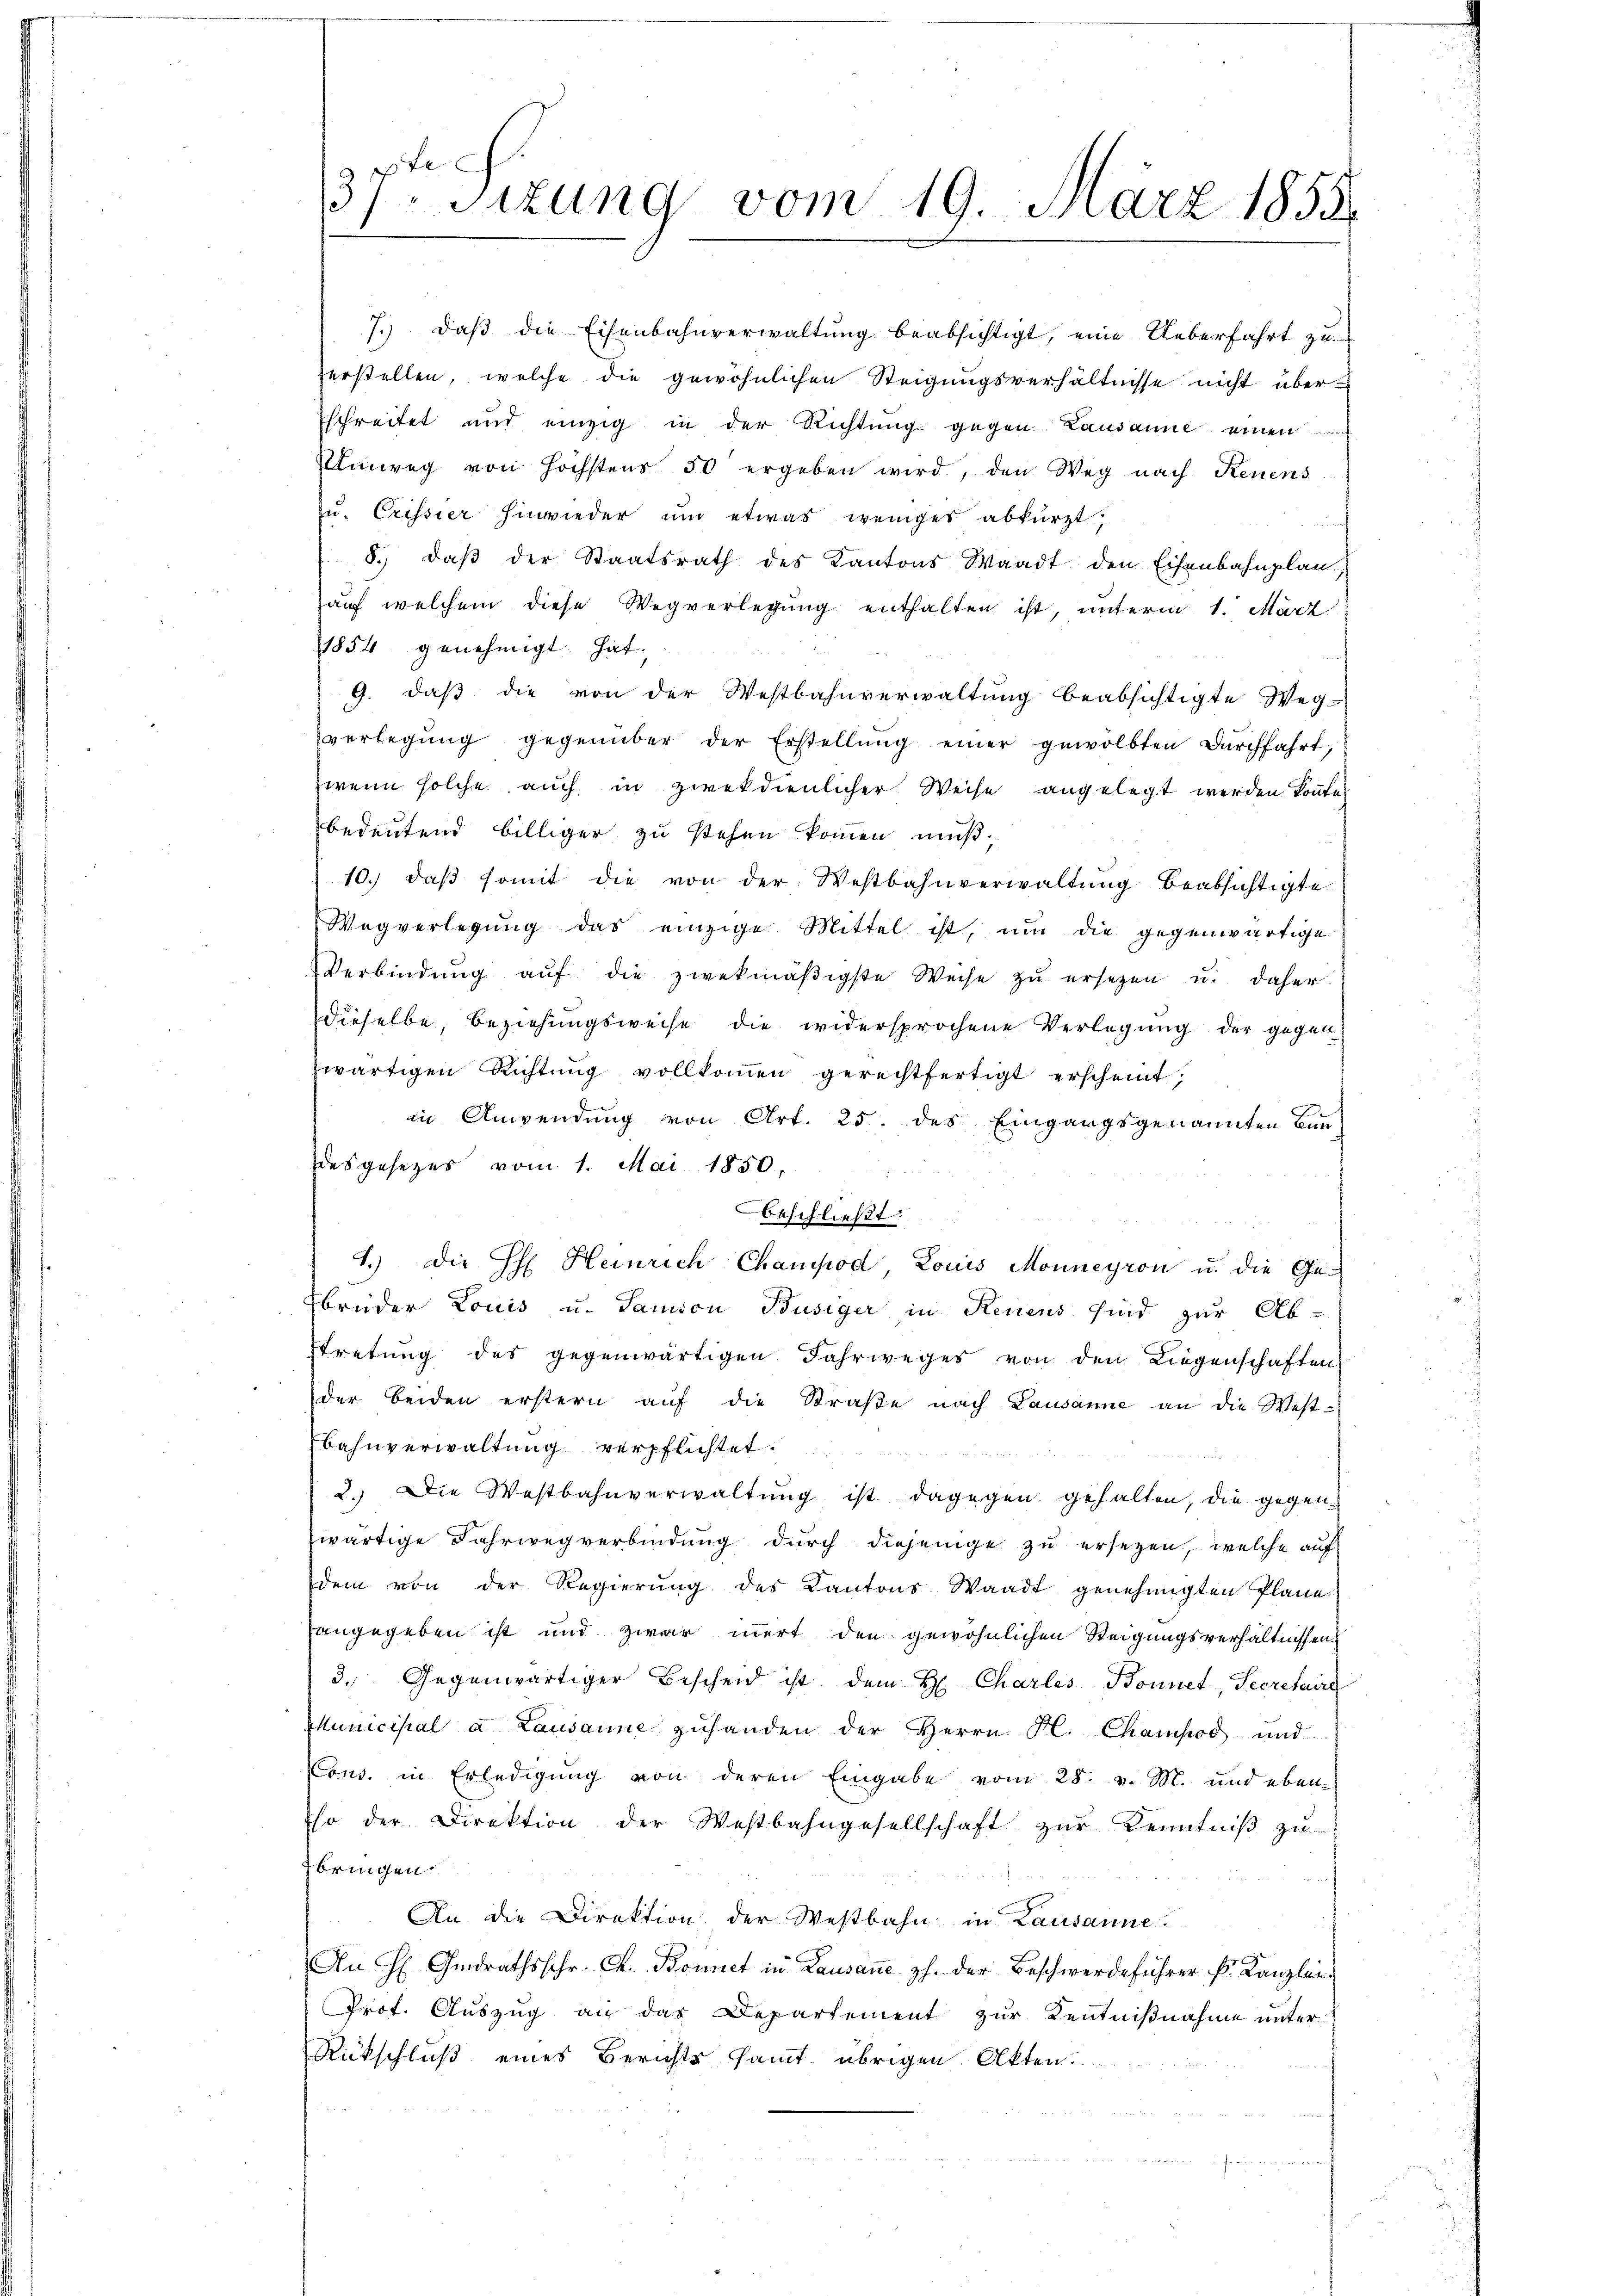
fe
37. Sitzung vom 19. März 1858.

7. daβ die Eisenbahnverwaltŭng beabsichtigt, eine Ueberfahrt zu
zerstellen, welche die gewöhnlichen Steigungsverhältnisse nicht überschreitet und einzig in der Richtung gegen Lausanne einen
Umweg von höchstens 50 ergeben wird, den Weg nach Renens
zu. Crissier hinwieder um etwas weniger abkürzt,
8.) daß der Staatsrath des Kantons Waadt den Eisenbahnplan
auf welchem diese Wegverlegŭng enthalten ist, unterm 1. März
1854 genehmigt hat
9. daβ die von der Westbahnverwaltung beabsichtigte Weg-
verlegŭng gegenüber der Erstellŭng einer gewölbten Dŭrchfahrt,
zwei solche auch in zweckdienlicher Weise angelegt werden könnte.
bedeutend billiger zu stehen kommen muß,
10. daβ somit die von der Westbahnverwaltŭng beabsichtigte
Wegverlegung das einzige Mittel ist, um die gegenwärtige
Verbindŭng aŭf die zwekmäβigste Weise zŭ ersetzen u. daher
dieselbe, beziehungsweise die widersprochene Verlegung der gegen
zwärtigen Richtung vollkommen gerechtfertigt erscheint,
in Anwendung von Art. 25. des Eingangsgenannten Ban
desgesezes vom 1. Mai 1850.
beschließt:
1.) Die H. Heinrich Champod Louis Monneyron u. die Ge-
brüder Louis u. Samson Büsiger in Renens sind zur Abtretung des gegenwärtigen Fahrweges von den Liegenschaften
der beiden erstern auf die Straße nach Lausanne an die West-
Bahnverwaltung verpflichtet.
2. Die Westbahnverwaltung ist dagegen gehalten, die gegenzwärtige Fahrweg verbindung durch diejenige zu ersezen, welche auf
dem von der Regierŭng des Kantons Waadt genehmigten Plane
angegeben ist und zwar innert den gewöhnlichen Steigungsverhältnissen
3. Gegenwärtiger Bescheid ist dem H Charles Bonnet, Secretaire
Municipal à Lausanne zŭhanden der Herrn H. Champod und
Cons. in Erledigung von deren Eingabe vom 28. v. M. und ebenso der Direktion der Westbahngesellschaft zur Kenntniß zu
fbringen.
An die Direktion der Westbahn in Lausanne
An H. Gindrathsschr. C. Bonnet in Lausane h. der Beschwerdeführer k. Kanzlei-
Prof. Auszug an das Departement zur Kenntnißnahme unter
Rückschluß eines Berichts samt übrigen Akten.